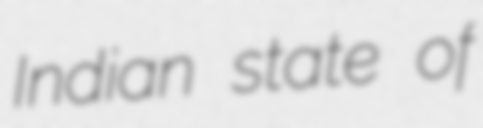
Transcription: Indian state of